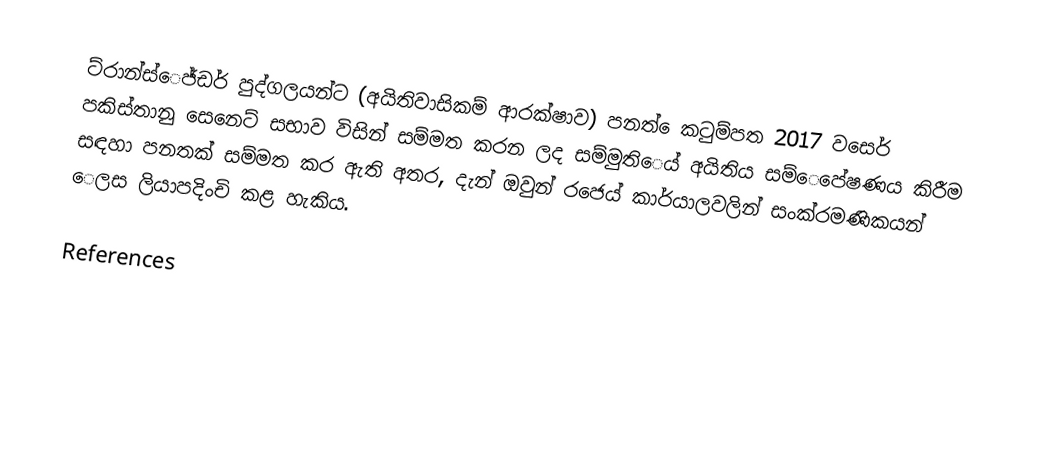
ට්රාන්ස්ෙජ්ඩර් පුද්ගලයන්ට (අයිතිවාසිකම් ආරක්ෂාව) පනත් ෙකටුම්පත 2017 වසෙර් පකිස්තානු සෙනෙට් සභාව විසින් සම්මත කරන ලද සම්මුතිෙය් අයිතිය සම්ෙපේෂණය කිරීම සඳහා පනතක් සම්මත කර ඇති අතර, දැන් ඔවුන් රජෙය් කාර්යාලවලින් සංක්රමණිකයන් ෙලස ලියාපදිංචි කළ හැකිය.

References